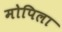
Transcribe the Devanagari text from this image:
मोपिला